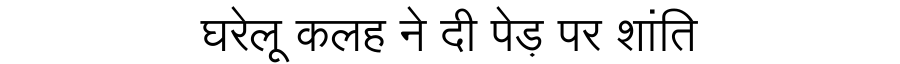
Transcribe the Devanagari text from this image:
घरेलू कलह ने दी पेड़ पर शांति